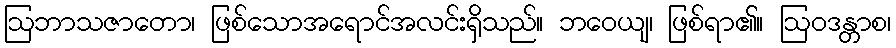
ဩဘာသဇာတော၊ ဖြစ်သောအရောင်အလင်းရှိသည်။ ဘဝေယျ၊ ဖြစ်ရာ၏။ ဩဝဒန္တာစ၊